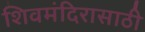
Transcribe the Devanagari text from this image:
शिवमंदिरासाठी